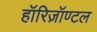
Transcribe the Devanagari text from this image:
हॉरिज़ॉण्टल